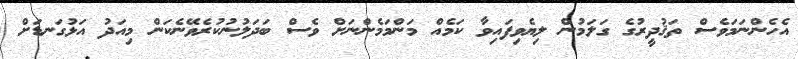
އެހެންނަމަވެސް ތަޤުދީރުގެ ގަލަމުން ލިޔެވިފައިވާ ކަމެއް މަންމަމެންނަށް ވެސް ބަދަލުނުކުރެވޭނެކަން މިއަދު އަޅުގަނޑަށް